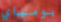
بومباي